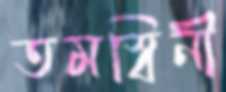
তমস্বিনী